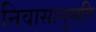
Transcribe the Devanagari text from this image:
निवासानुमति